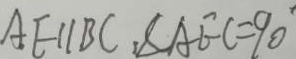
A E / / B C , \angle A E C = 9 0 ^ { \circ }